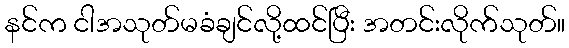
နင်က ငါအသုတ်မခံချင်လို့ထင်ပြီး အတင်းလိုက်သုတ်။